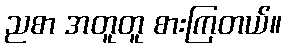
ညစာ အတူတူ စားကြတယ်။